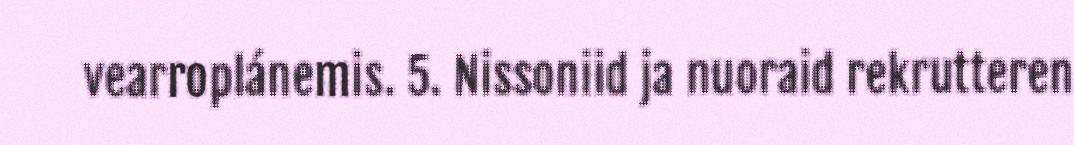
vearroplánemis. 5. Nissoniid ja nuoraid rekrutteren